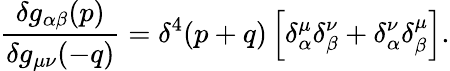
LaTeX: \frac{\delta g_{\alpha\beta}(p)}{\delta g_{\mu\nu}(-q)}=\delta^{4}(p+q)\left[\delta_{\alpha}^{\mu}\delta_{\beta}^{\nu}+\delta_{\alpha}^{\nu}\delta_{\beta}^{\mu}\right].